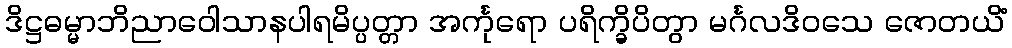
ဒိဋ္ဌဓမ္မာဘိညာဝေါသာနပါရမိပ္ပတ္တာ အင်္ကုရော ပရိက္ခိပိတွာ မင်္ဂလဒိဝသေ ဇောတယိံ